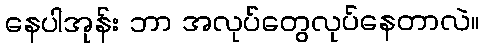
နေပါအုန်း ဘာ အလုပ်တွေလုပ်နေတာလဲ။